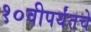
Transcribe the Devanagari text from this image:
१०वीपर्यंतचे